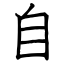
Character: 自